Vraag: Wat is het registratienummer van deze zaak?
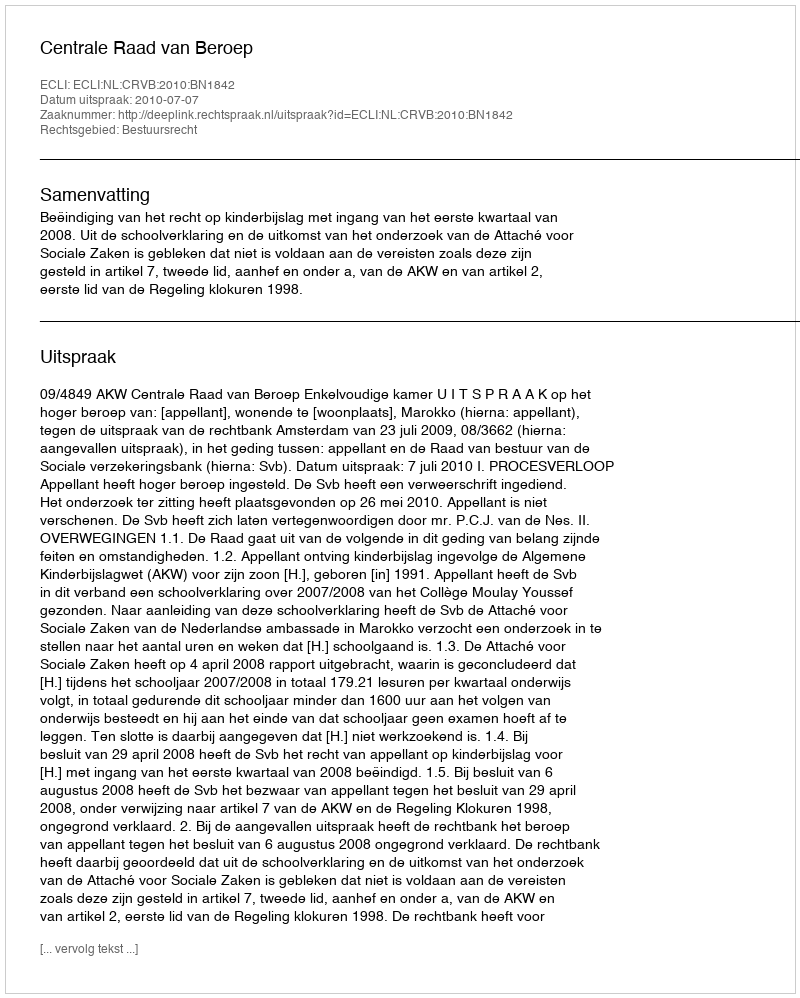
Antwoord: http://deeplink.rechtspraak.nl/uitspraak?id=ECLI:NL:CRVB:2010:BN1842